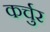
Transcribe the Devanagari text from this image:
कर्चुर